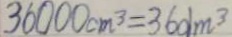
3 6 0 0 0 c m ^ { 3 } = 3 6 d m ^ { 3 }